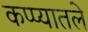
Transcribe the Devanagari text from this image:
कप्प्यातले